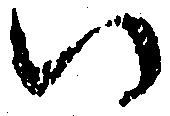
い